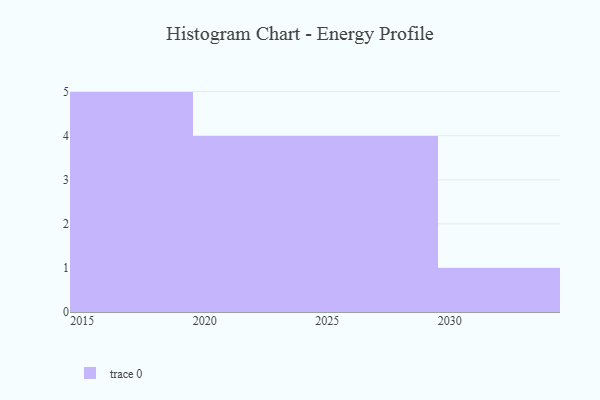
{"axis": {"x": "Year", "y": "Active Users"}, "legend": [""], "data": [{"x": "2016", "y": 83, "type": ""}, {"x": "2022", "y": 11, "type": ""}, {"x": "2027", "y": 29, "type": ""}, {"x": "2017", "y": 13, "type": ""}, {"x": "2028", "y": 79, "type": ""}, {"x": "2015", "y": 13, "type": ""}, {"x": "2025", "y": 26, "type": ""}, {"x": "2021", "y": 24, "type": ""}, {"x": "2020", "y": 44, "type": ""}, {"x": "2024", "y": 63, "type": ""}, {"x": "2026", "y": 99, "type": ""}, {"x": "2018", "y": 32, "type": ""}, {"x": "2030", "y": 74, "type": ""}, {"x": "2019", "y": 38, "type": ""}]}